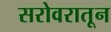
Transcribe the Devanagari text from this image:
सरोवरातून